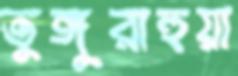
তুঙ্গুরাহুয়া